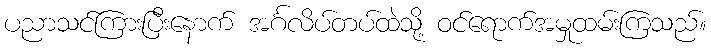
ပညာသင်ကြားပြီးနောက် အင်္ဂလိပ်တပ်ထဲသို့ ဝင်ရောက်အမှုထမ်းကြသည်။